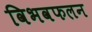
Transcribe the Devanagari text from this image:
विभवफलन